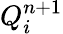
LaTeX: Q_{i}^{n+1}